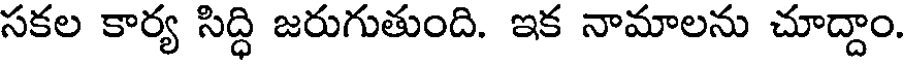
సకల కార్య సిద్ధి జరుగుతుంది. ఇక నామాలను చూద్దాం.